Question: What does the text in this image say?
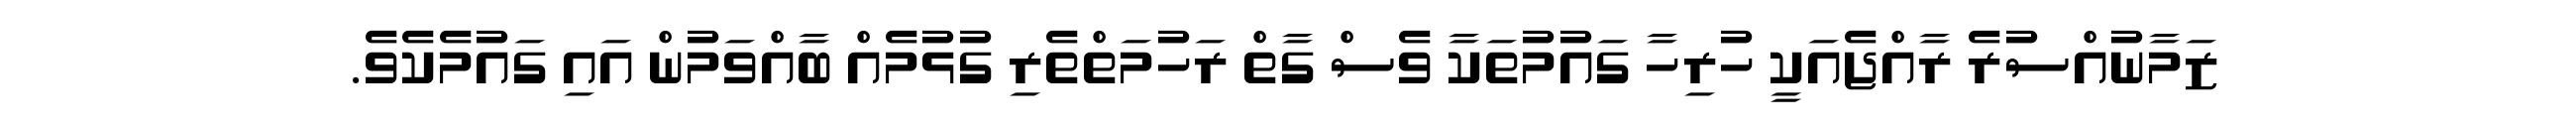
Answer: ޒަމާނުއްސުރެ ރާއްޖެއަކީ ހުރިހާ ގައުމުތަކާ ވެސް ގާތް ރަހުމަތްތެރި ގުޅުމެއް ބާއްވަމުން އައި ގައުމެކެވެ.